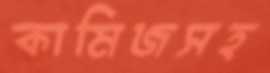
কামিজসহ